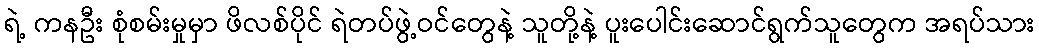
ရဲ့ ကနဦး စုံစမ်းမှုမှာ ဖိလစ်ပိုင် ရဲတပ်ဖွဲ့ဝင်တွေနဲ့ သူတို့နဲ့ ပူးပေါင်းဆောင်ရွက်သူတွေက အရပ်သား